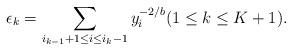
LaTeX: \begin{align*}\epsilon_k = \sum_{ i_{k-1}+1\leq i \leq i_k -1} y_i^{-2/b} (1\leq k \leq K+1).\end{align*}